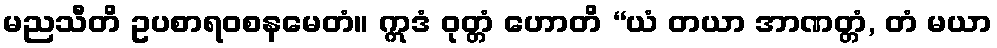
မညသီတိ ဥပစာရဝစနမေတံ။ ဣဒံ ဝုတ္တံ ဟောတိ “ယံ တယာ အာဏတ္တံ, တံ မယာ